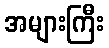
အများကြီး